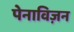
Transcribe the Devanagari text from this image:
पेनाविज़न